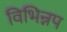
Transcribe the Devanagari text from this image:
विभिन्नप